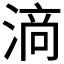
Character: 𱧥